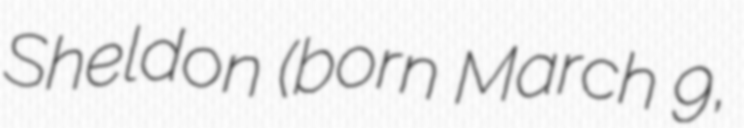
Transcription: Sheldon (born March 9,